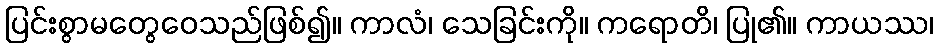
ပြင်းစွာမတွေဝေသည်ဖြစ်၍။ ကာလံ၊ သေခြင်းကို။ ကရောတိ၊ ပြု၏။ ကာယဿ၊